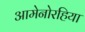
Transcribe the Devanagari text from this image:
आमेनोरहिया